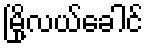
မြို့လယ်ခေါင်